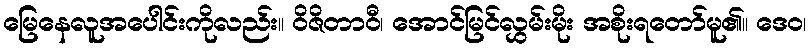
မြေနေလူအပေါင်းကိုလည်း။ ဝိဇိတာဝီ၊ အောင်မြင်လွှမ်းမိုး အစိုးရတော်မူ၏။ ဒေဝ၊